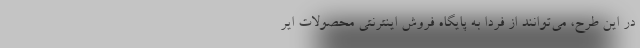
در این طرح، می‌توانند از فردا به پایگاه فروش اینترنتی محصولات ایر